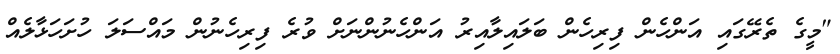
"މީގެ ތެރޭގައި އަންހެން ފިރިހެން ބަލައިލާއިރު އަންހެނުންނަށް ވުރެ ފިރިހެނުން މައްސަލަ ހުށަހަޅާލެއް